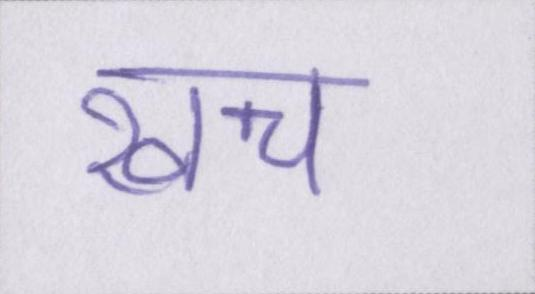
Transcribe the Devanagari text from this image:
खच॔